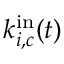
k _ { i , c } ^ { \mathrm { i n } } ( t )